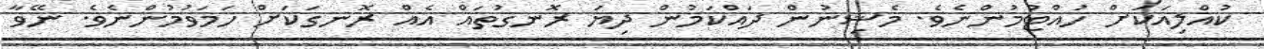
ކުއްލިއަކަށް ހުއްޓުމުންނެވެ. މެޝިނުން ދައްކަމުން ދިޔަ ރޮނގުތައް އެއް ރޮނގަކަށް ހަމަވުމުންނެވެ. ނޭވާ